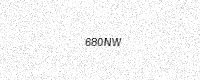
Text: 680NW